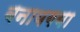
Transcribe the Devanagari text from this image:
बनायगया